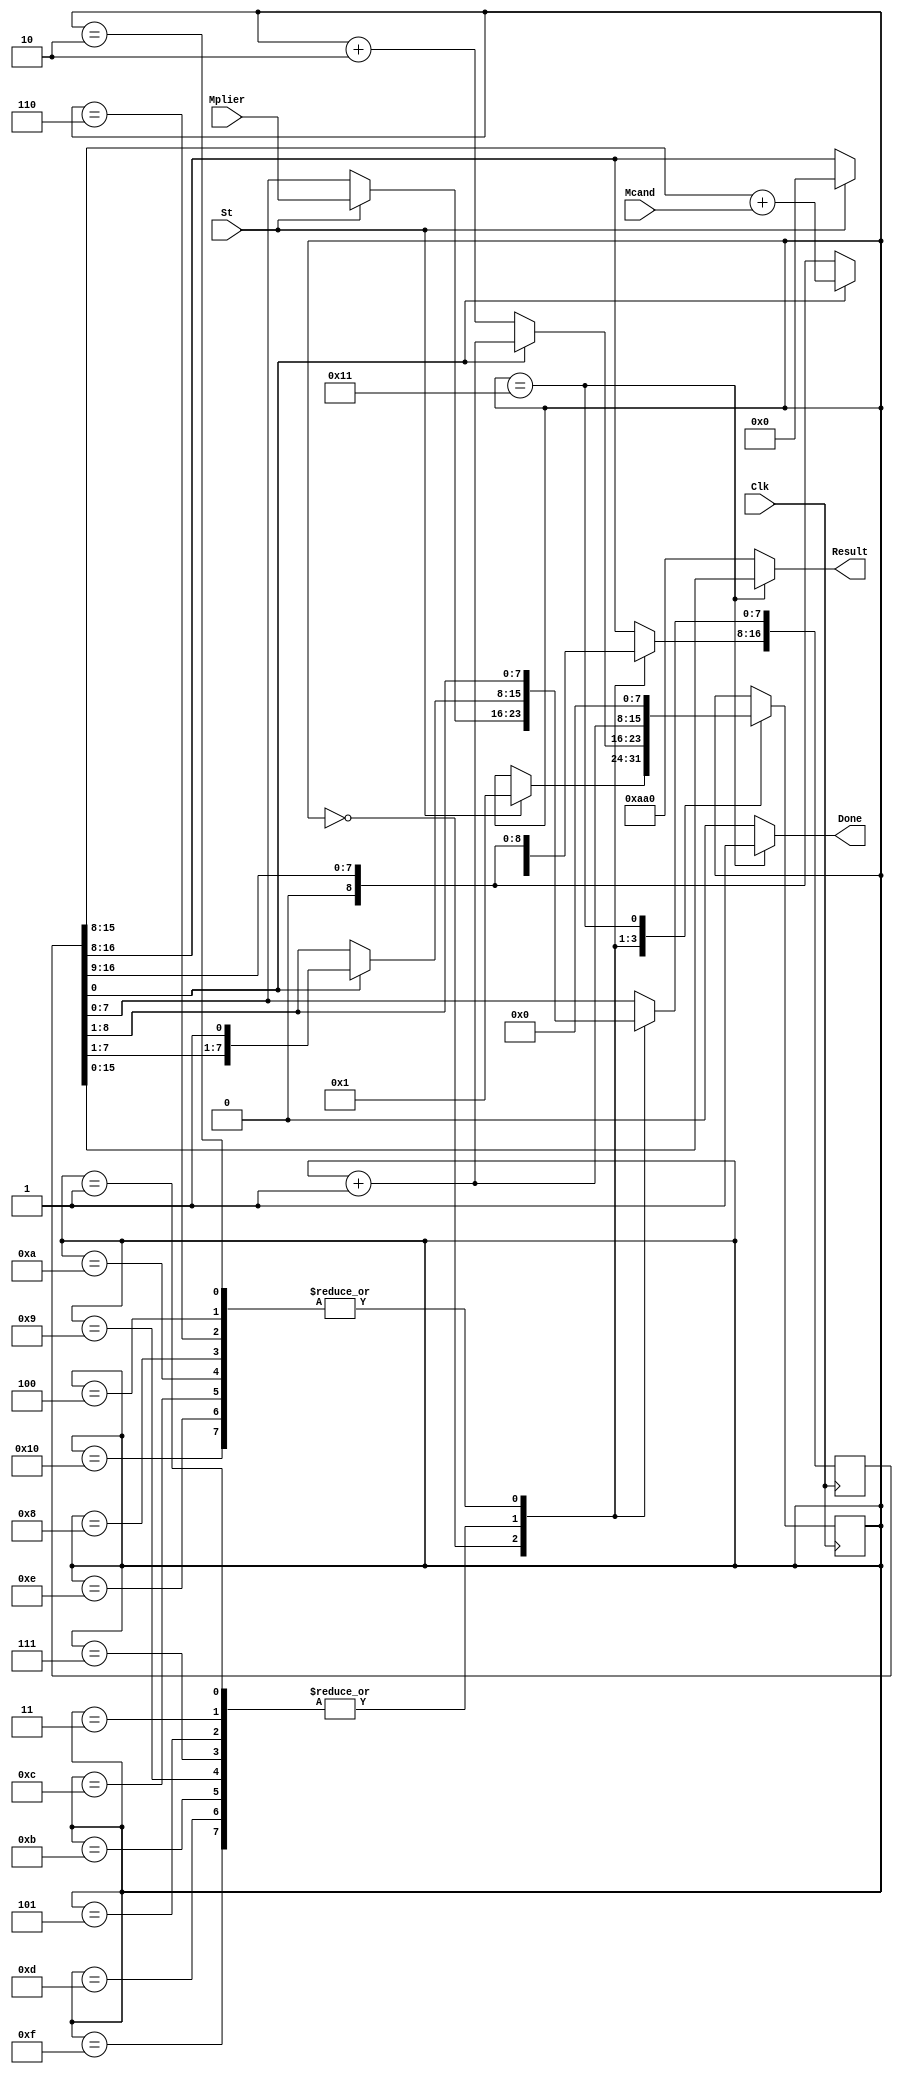
`timescale 1ns / 1ps
//////////////////////////////////////////////////////////////////////////////////
// Company: 
// Engineer: 
// 
// Design Name: 
// Module Name: multiplier
// Project Name: 
// Target Devices: 
// Tool Versions: 
// Description: 
// 
// Dependencies: 
// 
// Revision:
// Revision 0.01 - File Created
// Additional Comments:
// 
//////////////////////////////////////////////////////////////////////////////////




`define M ACC[0]
module multiplier (Clk, St, Mplier, Mcand, Done, Result);
 input Clk;
 input St;
 input[7:0] Mplier;
 input[7:0] Mcand;
 output Done;
 output[15:0] Result;
 reg[7:0] State;
 reg[16:0] ACC;
 initial
 begin
 State = 0;
 ACC = 0;
 end
 always @(posedge Clk)
 begin
 case (State)
 0 :
 begin
 if (St ==1'b1)
 begin
 ACC[16:8] <= 5'b00000 ;
 ACC[7:0] <= Mplier ;
 State <= 1 ;
 end
 end
 1, 3, 5, 7, 9, 11, 13, 15:
       begin
 if (`M == 1'b1)
 begin
 ACC[16:8] <= {1'b0, ACC[15:8]} + Mcand ;
 State <= State + 1 ;
 end
 else
 begin
 ACC <= {1'b0, ACC[16:1]} ;
State <= State + 2 ;
 end
 end
 2, 4, 6, 8, 10, 12, 14, 16 :
 begin
 ACC <= {1'b0, ACC[16:1]} ;
 State <= State + 1 ;
 end
 17 :
 begin
 State <= 0 ;
 end
 endcase
 end
 assign Done = (State == 17) ? 1'b1 : 1'b0 ;
 assign Result = (State == 17) ? ACC[15:0] : 16'b0101010100000 ;
endmodule